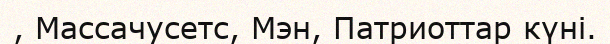
, Массачусетс, Мэн, Патриоттар күні.